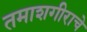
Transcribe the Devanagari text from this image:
तमाशगीराचे